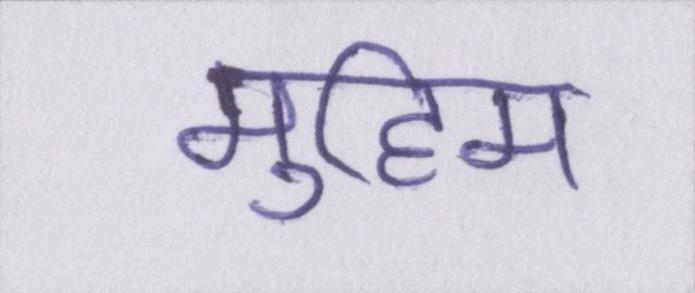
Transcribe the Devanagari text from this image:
मुहिम